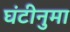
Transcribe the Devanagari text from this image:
घंटीनुमा